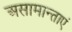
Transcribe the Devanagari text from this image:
असामान्ताएं